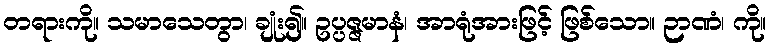
တရားကို။ သမာသေတွာ၊ ချုံး၍။ ဥပ္ပဇ္ဇမာနံ၊ အာရုံအားဖြင့် ဖြစ်သော။ ဉာဏံ၊ ကို။